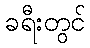
ခရီးတွင်